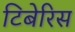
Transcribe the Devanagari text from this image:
टिबेरिस